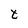
Character: t